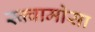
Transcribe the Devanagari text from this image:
स्क्वामोसा